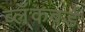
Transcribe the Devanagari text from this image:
ब्लॅकबर्ड